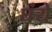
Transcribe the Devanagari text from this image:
घंये